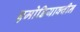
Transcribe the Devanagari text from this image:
एमोडियाक्वीन